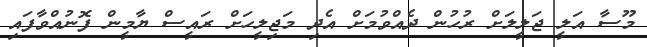
މޫސާ އަލީ ޖަލީލަށް ރުހުން ދެއްވުމަށް އެދި މަޖިލީހަށް ރައީސް ޔާމީން ފޮނުއްވާފައި